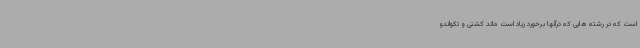
است که در رشته هایی که درآنها برخورد زیاد است ماند کشتی و تکواندو